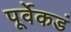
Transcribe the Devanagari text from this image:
पूर्वेकडं